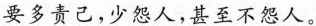
要多责己，少怨人，甚至不怨人。